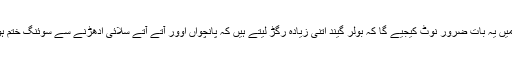
اگلے میچ میں یہ بات ضرور نوٹ کیجیے گا کہ بولر گیند اتنی زیادہ رگڑ لیتے ہیں کہ پانچواں اوور آتے آتے سلائی ادھڑنے سے سوئنگ ختم ہوجاتی ہے۔